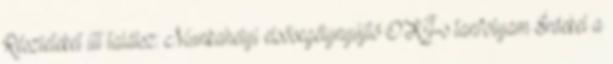
Részleteket itt találsz: Munkahelyi elsősegélynyújtó OKJ-s tanfolyam Érdekel a